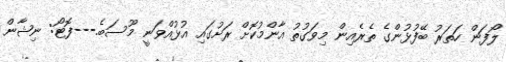
ލޯފަން ހަތަރު ބޭފުޅުންގެ ތެރެއިން މިވަގުތު އާންމުކޮށް ރަށުގައި އުޅުއްވަނީ މޫސަބެ.---ފޮޓޯ: ނިޝާން